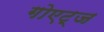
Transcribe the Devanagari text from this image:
गोएट्ज